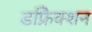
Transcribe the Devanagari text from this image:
डफ्रैिक्शन